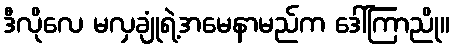
ဒီလိုလေ မလှချုံရဲ့အမေနာမည်က ဒေါ်ကြာညို။